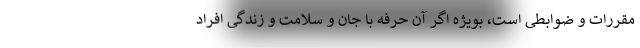
مقررات و ضوابطی است، بویژه اگر آن حرفه با جان و سلامت و زندگی افراد